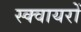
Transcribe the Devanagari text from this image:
स्क्वायरों